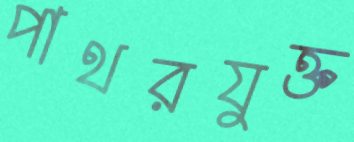
পাথরযুক্ত